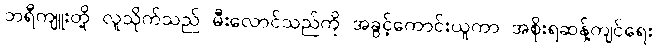
ဘရီကျူးတို့ လူသိုက်သည် မီးလောင်သည်ကို အခွင့်ကောင်းယူကာ အစိုးရဆန့်ကျင်ရေး